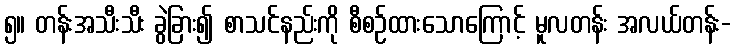
၅။ တန်းအသီးသီး ခွဲခြား၍ စာသင်နည်းကို စီစဉ်ထားသောကြောင့် မူလတန်း အလယ်တန်း-